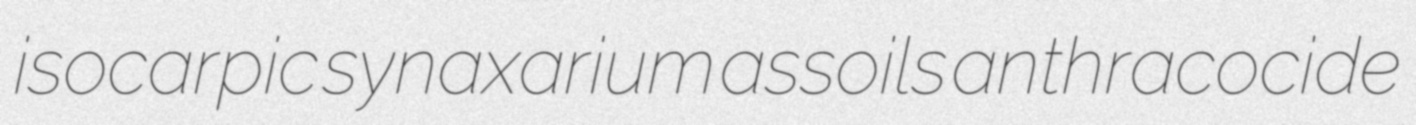
isocarpic synaxarium assoils anthracocide